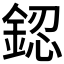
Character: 𨧟